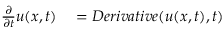
\begin{array} { r l } { \frac { \partial } { \partial t } u ( x , t ) } & { { } = D e r i v a t i v e ( u ( x , t ) , t ) } \end{array}